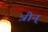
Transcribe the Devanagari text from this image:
त्रीन्